Annual administration report of the Civil Veterinary Department of India - 1892-1893
Year: 1892
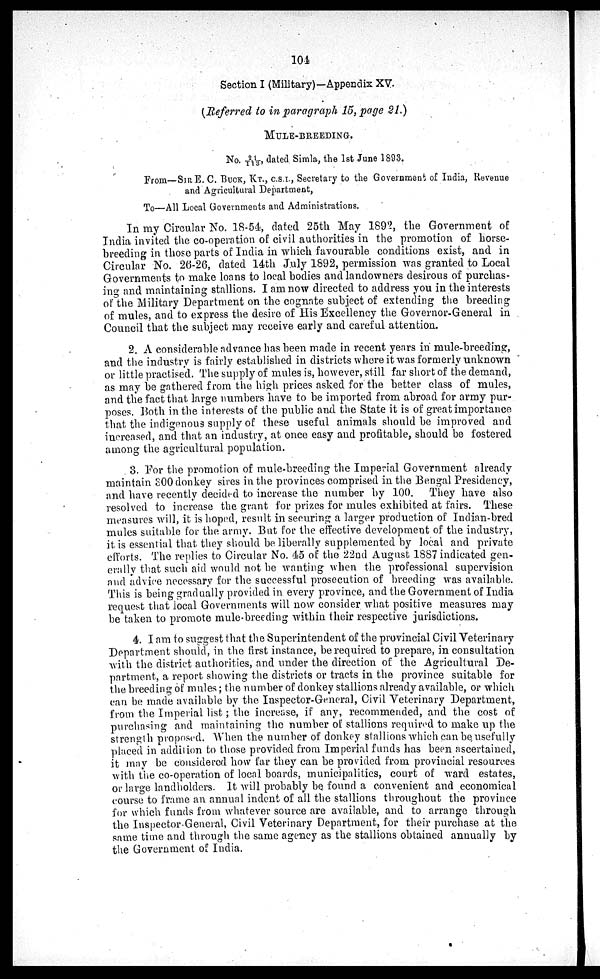
101
Section I (Military)—Appendix XV.
(Referred to in paragraph 15, page 21.)
MULE-BREEDING.
No. 21/113, dated Simla, the 1st June 1893.
From—SIR E. C. BUCK, KT., C.S.I., Secretary to the Government of India, Revenue
and Agricultural Department,
To—All Local Governments and Administrations.
In my Circular No. 18-54, dated 25th May 1892, the Government of
India invited the co-operation of civil authorities in the promotion of horse-
breeding in those parts of India in which favourable conditions exist, and in
Circular No. 26-26, dated 14th July 1892, permission was granted to Local
Governments to make loans to local bodies and landowners desirous of purchas-
ing and maintaining stallions. I am now directed to address you in the interests
of the Military Department on the cognate subject of extending the breeding
of mules, and to express the desire of His Excellency the Governor-General in
Council that the subject may receive early and careful attention.
2. A considerable advance has been made in recent years in mule-breeding,
and the industry is fairly established in districts where it was formerly unknown
or little practised. The supply of mules is, however, still far short of the demand,
as may be gathered from the high prices asked for the better class of mules,
and the fact that large numbers have to be imported from abroad for army pur-
poses. Both in the interests of the public and the State it is of great importance
that the indigenous supply of these useful animals should be improved and
increased, and that an industry, at once easy and profitable, should be fostered
among the agricultural population.
3. For the promotion of mule-breeding the Imperial Government already
maintain 300 donkey sires in the provinces comprised in the Bengal Presidency,
and have recently decided to increase the number by 100. They have also
resolved to increase the grant for prizes for mules exhibited at fairs. These
measures will, it is hoped, result in securing a larger production of Indian-bred
mules suitable for the army. But for the effective development of the industry,
it is essential that they should be liberally supplemented by local and private
efforts. The replies to Circular No. 45 of the 22nd August 1887 indicated gen-
erally that such aid would not be wanting when the professional supervision
and advice necessary for the successful prosecution of breeding was available.
This is being gradually provided in every province, and the Government of India
request that local Governments will now consider what positive measures may
be taken to promote mule-breeding within their respective jurisdictions.
4. I am to suggest that the Superintendent of the provincial Civil Veterinary
Department should, in the first instance, be required to prepare, in consultation
with the district authorities, and under the direction of the Agricultural De-
partment, a report showing the districts or tracts in the province suitable for
the breeding of mules; the number of donkey stallions already available, or which
can be made available by the Inspector-General, Civil Veterinary Department,
from the Imperial list; the increase, if any, recommended, and the cost of
purchasing and maintaining the number of stallions required to make up the
strength proposed. When the number of donkey stallions which can be usefully
placed in addition to those provided from Imperial funds has been ascertained,
it may be considered how far they can be provided from provincial resources
with the co-operation of local boards, municipalities, court of ward estates,
or large landholders. It will probably be found a convenient and economical
course to frame an annual indent of all the stallions throughout the province
for which funds from whatever source are available, and to arrange through
the Inspector General, Civil Veterinary Department, for their purchase at the
same time and through the same agency as the stallions obtained annually by
the Government of India.